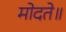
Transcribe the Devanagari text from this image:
मोदते॥